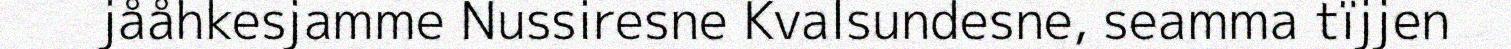
jååhkesjamme Nussiresne Kvalsundesne, seamma tïjjen